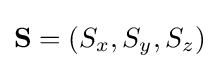
\mathbf {S} =(S_{x},S_{y},S_{z})